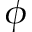
\phi